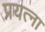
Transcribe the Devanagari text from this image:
प्रयत्ना